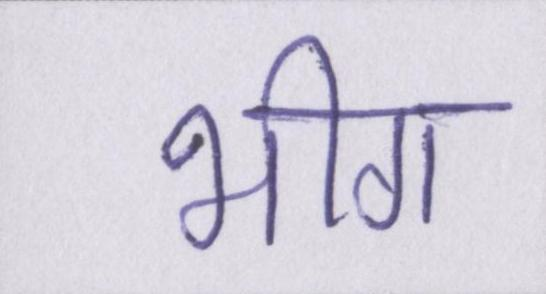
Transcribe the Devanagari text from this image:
भीग